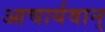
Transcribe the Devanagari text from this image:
आचार्यवान्